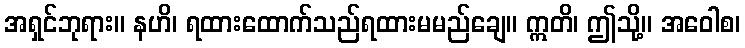
အရှင်ဘုရား။ နဟိ၊ ရထားထောက်သည်ရထားမမည်ချေ။ ဣတိ၊ ဤသို့။ အဝေါစ၊